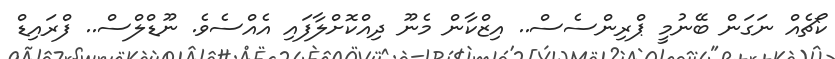
ކޯޗެއް ނަގަން ބޭނުމީ ޕްރިންސެސް.. އިޒްކާން މެނޫ ދިއްކޮށްލާފައި އެއްސެވެ. ނޫޑްލްސް.. ފްރައިޑް